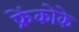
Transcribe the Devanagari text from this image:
फ्रेंकोके